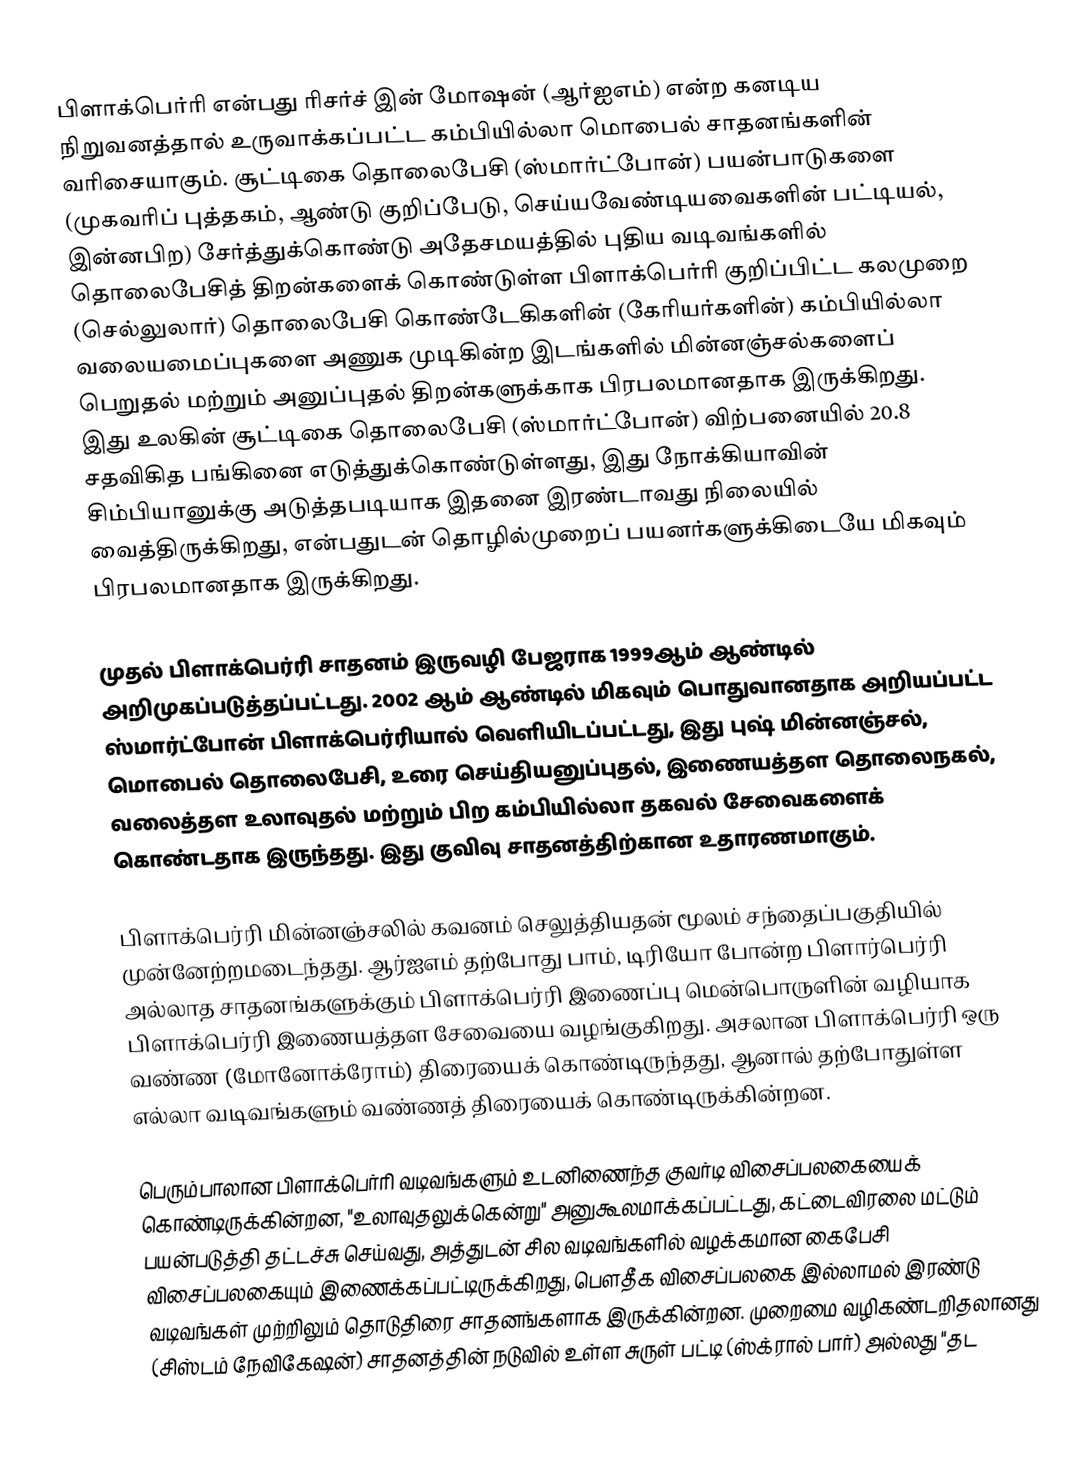
பிளாக்பெர்ரி என்பது ரிசர்ச் இன் மோஷன் (ஆர்ஐஎம்) என்ற கனடிய நிறுவனத்தால் உருவாக்கப்பட்ட கம்பியில்லா மொபைல் சாதனங்களின் வரிசையாகும். சூட்டிகை தொலைபேசி (ஸ்மார்ட்போன்) பயன்பாடுகளை (முகவரிப் புத்தகம், ஆண்டு குறிப்பேடு, செய்யவேண்டியவைகளின் பட்டியல், இன்னபிற) சேர்த்துக்கொண்டு அதேசமயத்தில் புதிய வடிவங்களில் தொலைபேசித் திறன்களைக் கொண்டுள்ள பிளாக்பெர்ரி குறிப்பிட்ட கலமுறை (செல்லுலார்) தொலைபேசி கொண்டேகிகளின் (கேரியர்களின்) கம்பியில்லா வலையமைப்புகளை அணுக முடிகின்ற இடங்களில் மின்னஞ்சல்களைப் பெறுதல் மற்றும் அனுப்புதல் திறன்களுக்காக பிரபலமானதாக இருக்கிறது. இது உலகின் சூட்டிகை தொலைபேசி (ஸ்மார்ட்போன்) விற்பனையில் 20.8 சதவிகித பங்கினை எடுத்துக்கொண்டுள்ளது, இது நோக்கியாவின் சிம்பியானுக்கு அடுத்தபடியாக இதனை இரண்டாவது நிலையில் வைத்திருக்கிறது, என்பதுடன் தொழில்முறைப் பயனர்களுக்கிடையே மிகவும் பிரபலமானதாக இருக்கிறது.

முதல் பிளாக்பெர்ரி சாதனம் இருவழி பேஜராக 1999ஆம் ஆண்டில் அறிமுகப்படுத்தப்பட்டது. 2002 ஆம் ஆண்டில் மிகவும் பொதுவானதாக அறியப்பட்ட ஸ்மார்ட்போன் பிளாக்பெர்ரியால் வெளியிடப்பட்டது, இது புஷ் மின்னஞ்சல், மொபைல் தொலைபேசி, உரை செய்தியனுப்புதல், இணையத்தள தொலைநகல், வலைத்தள உலாவுதல் மற்றும் பிற கம்பியில்லா தகவல் சேவைகளைக் கொண்டதாக இருந்தது. இது குவிவு சாதனத்திற்கான உதாரணமாகும்.

பிளாக்பெர்ரி மின்னஞ்சலில் கவனம் செலுத்தியதன் மூலம் சந்தைப்பகுதியில் முன்னேற்றமடைந்தது. ஆர்ஐஎம் தற்போது பாம், டிரியோ போன்ற பிளார்பெர்ரி அல்லாத சாதனங்களுக்கும் பிளாக்பெர்ரி இணைப்பு மென்பொருளின் வழியாக பிளாக்பெர்ரி இணையத்தள சேவையை வழங்குகிறது. அசலான பிளாக்பெர்ரி ஒரு வண்ண (மோனோக்ரோம்) திரையைக் கொண்டிருந்தது, ஆனால் தற்போதுள்ள எல்லா வடிவங்களும் வண்ணத் திரையைக் கொண்டிருக்கின்றன.

பெரும்பாலான பிளாக்பெர்ரி வடிவங்களும் உடனிணைந்த குவர்டி விசைப்பலகையைக் கொண்டிருக்கின்றன, "உலாவுதலுக்கென்று" அனுகூலமாக்கப்பட்டது, கட்டைவிரலை மட்டும் பயன்படுத்தி தட்டச்சு செய்வது, அத்துடன் சில வடிவங்களில் வழக்கமான கைபேசி விசைப்பலகையும் இணைக்கப்பட்டிருக்கிறது, பௌதீக விசைப்பலகை இல்லாமல் இரண்டு வடிவங்கள் முற்றிலும் தொடுதிரை சாதனங்களாக இருக்கின்றன. முறைமை வழிகண்டறிதலானது (சிஸ்டம் நேவிகேஷன்) சாதனத்தின் நடுவில் உள்ள சுருள் பட்டி (ஸ்க்ரால் பார்) அல்லது "தட